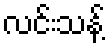
လင်းသန့်